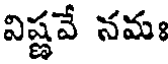
విష్ణవే నమః